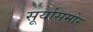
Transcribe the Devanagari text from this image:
सूर्यासमोर